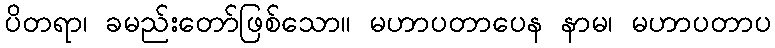
ပိတရာ၊ ခမည်းတော်ဖြစ်သော။ မဟာပတာပေန နာမ၊ မဟာပတာပ